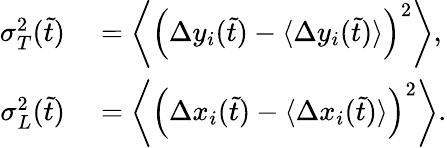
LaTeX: \begin{array}{rl}{\sigma_{T}^{2}(\tilde{t})}&{{}=\left\langle\left(\Delta y_{i}(\tilde{t})-\langle\Delta y_{i}(\tilde{t})\rangle\right)^{2}\right\rangle,}\\ {\sigma_{L}^{2}(\tilde{t})}&{{}=\left\langle\left(\Delta x_{i}(\tilde{t})-\langle\Delta x_{i}(\tilde{t})\rangle\right)^{2}\right\rangle.}\end{array}